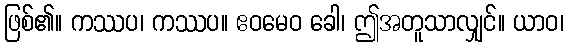
ဖြစ်၏။ ကဿပ၊ ကဿပ။ ဧဝမေဝ ခေါ၊ ဤအတူသာလျှင်။ ယာဝ၊